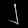
Digit: ၂